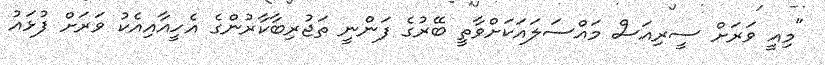
"މިއީ ވަރަށް ސީރިއަސް މައްސަލައަކަަށްވާތީ ބޭރުގެ ފަންނީ ތަޖުރިބާކާރުންގެ އެހީއާއިއެކު ވަރަށް ފުޅައު